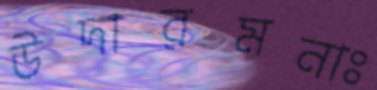
উদারমনাঃ